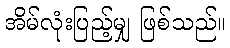
အိမ်လုံးပြည့်မျှ ဖြစ်သည်။